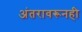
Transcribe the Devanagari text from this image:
अंतरावरूनही